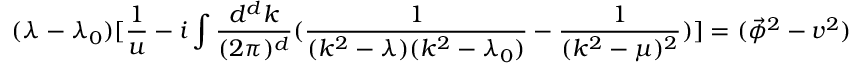
( \lambda - \lambda _ { 0 } ) [ \frac { 1 } { u } - i \int \frac { d ^ { d } { k } } { ( 2 \pi ) ^ { d } } ( \frac { 1 } { ( k ^ { 2 } - \lambda ) ( k ^ { 2 } - \lambda _ { 0 } ) } - \frac { 1 } { ( k ^ { 2 } - \mu ) ^ { 2 } } ) ] = ( \vec { \phi } ^ { 2 } - v ^ { 2 } )